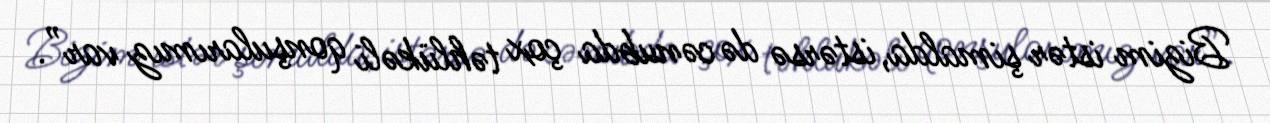
Bizim istər şimalda, istərsə də cənubda çox təhlükəli qonşularımız var”.